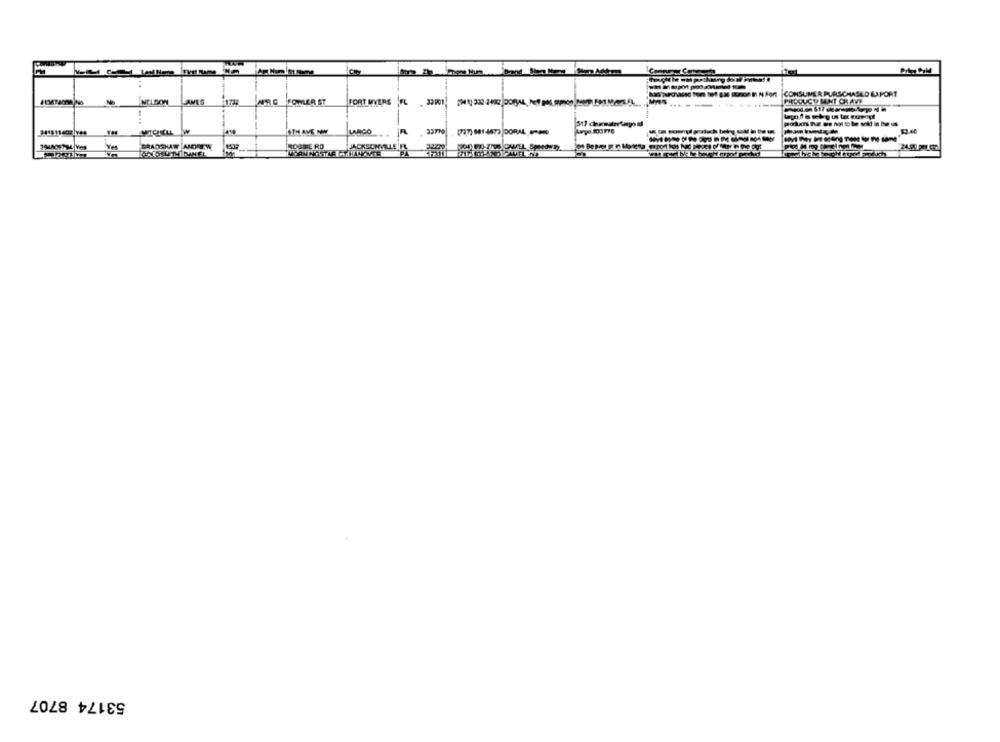
EVET Fame
IN Fort
CONSUMER PURSCHASED EXPORT
NELSON
FOWLER ST
FORT MYERS |FL .22901
---..
PHOOUCH MINT CHAVE
....
OTH AVE MOWY
LARCO
In
BRADSHAW ANDREW
ROSSIE RD
JACKSONVILLE FL
53174 8707